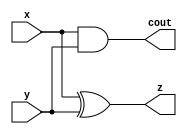
module HalfAdder(x,y,z,cout);
input x,y;
output z,cout;

assign z=x ^ y;
assign cout=x & y;
endmodule